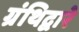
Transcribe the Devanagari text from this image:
ग्रंथिद्वारे